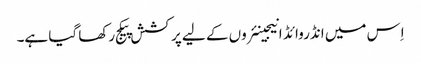
اِس میں انڈروائڈ انیجینئروں کے لیے پرکشش پیکج رکھا گیا ہے۔